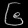
Digit: ၆